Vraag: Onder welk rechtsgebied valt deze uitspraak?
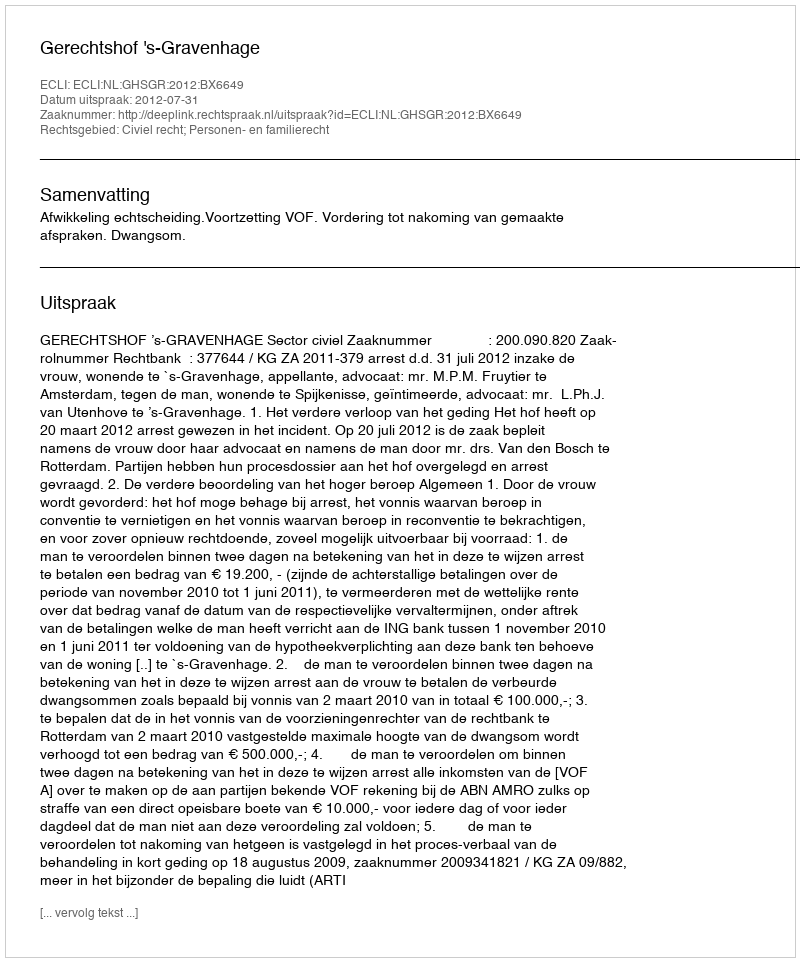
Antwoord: Civiel recht; Personen- en familierecht